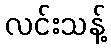
လင်းသန့်